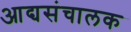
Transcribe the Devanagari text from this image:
आद्यसंचालक